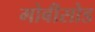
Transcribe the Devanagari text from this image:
मोबीसोड